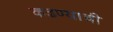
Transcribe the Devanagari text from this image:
कढण्याची